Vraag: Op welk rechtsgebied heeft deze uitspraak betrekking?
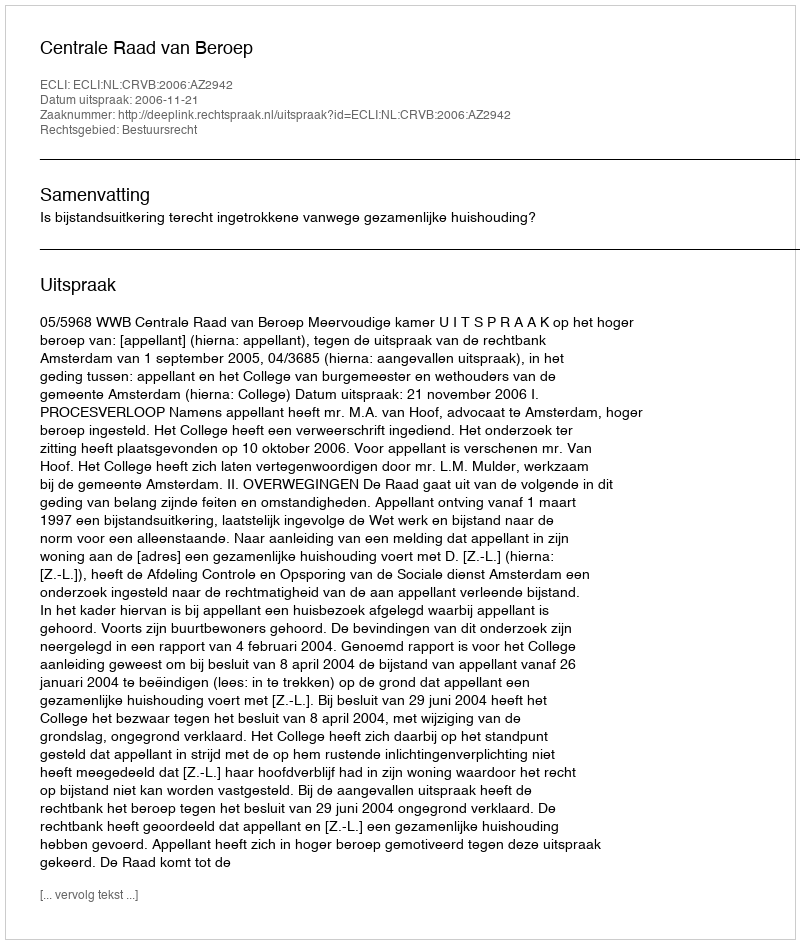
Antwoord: Bestuursrecht